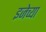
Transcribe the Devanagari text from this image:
इजेच्या